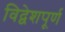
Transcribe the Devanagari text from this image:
विद्वेशपूर्ण